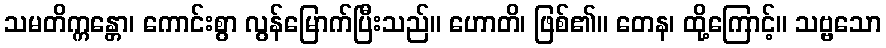
သမတိက္ကန္တော၊ ကောင်းစွာ လွန်မြောက်ပြီးသည်။ ဟောတိ၊ ဖြစ်၏။ တေန၊ ထို့ကြောင့်။ သဗ္ဗသော